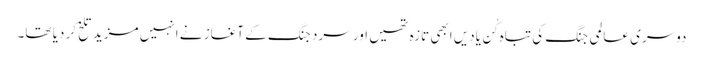
دوسری عالمی جنگ کی تباہ کُن یادیں ابھی تازہ تھیں اور سرد جنگ کے آغاز نے انہیں مزید تلخ کر دیا تھا۔